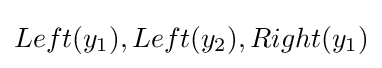
Left(y_{1}),Left(y_{2}),Right(y_{1})